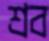
শ্রব